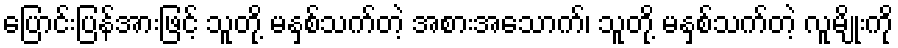
ပြောင်းပြန်အားဖြင့် သူတို့ မနှစ်သက်တဲ့ အစားအသောက်၊ သူတို့ မနှစ်သက်တဲ့ လူမျိုးကို